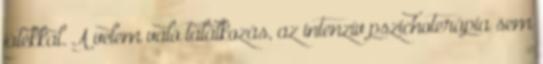
játékkal. A velem való találkozás, az intenzív pszichoterápia sem